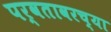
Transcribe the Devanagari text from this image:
पर्वतावरच्या